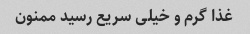
غذا گرم و خیلی سریع رسید ممنون